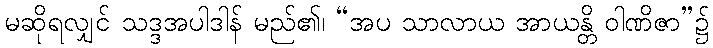
မဆိုရလျှင် သဒ္ဒအပါဒါန် မည်၏၊ “အပ သာလာယ အာယန္တိ ဝါဏိဇာ”၌